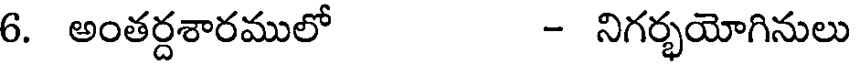
6. అంతర్దశారములో - నిగర్భయోగినులు